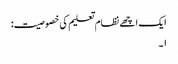
ایک اچھے نظام تعلیم کی خصوصیت:
۱۔